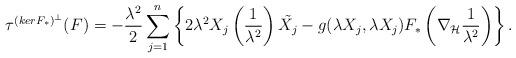
LaTeX: \begin{align*}\tau^{(kerF_\ast)^\bot}(F)= - \frac{\lambda^2}{2}\sum_{j=1}^{n}\left\{2\lambda^2 X_j \left(\frac{1}{\lambda^2}\right)\tilde{X_j} - g(\lambda X_j, \lambda X_j) F_\ast\left(\nabla_{\mathcal{H}}\frac{1}{\lambda^2} \right) \right\}.\end{align*}